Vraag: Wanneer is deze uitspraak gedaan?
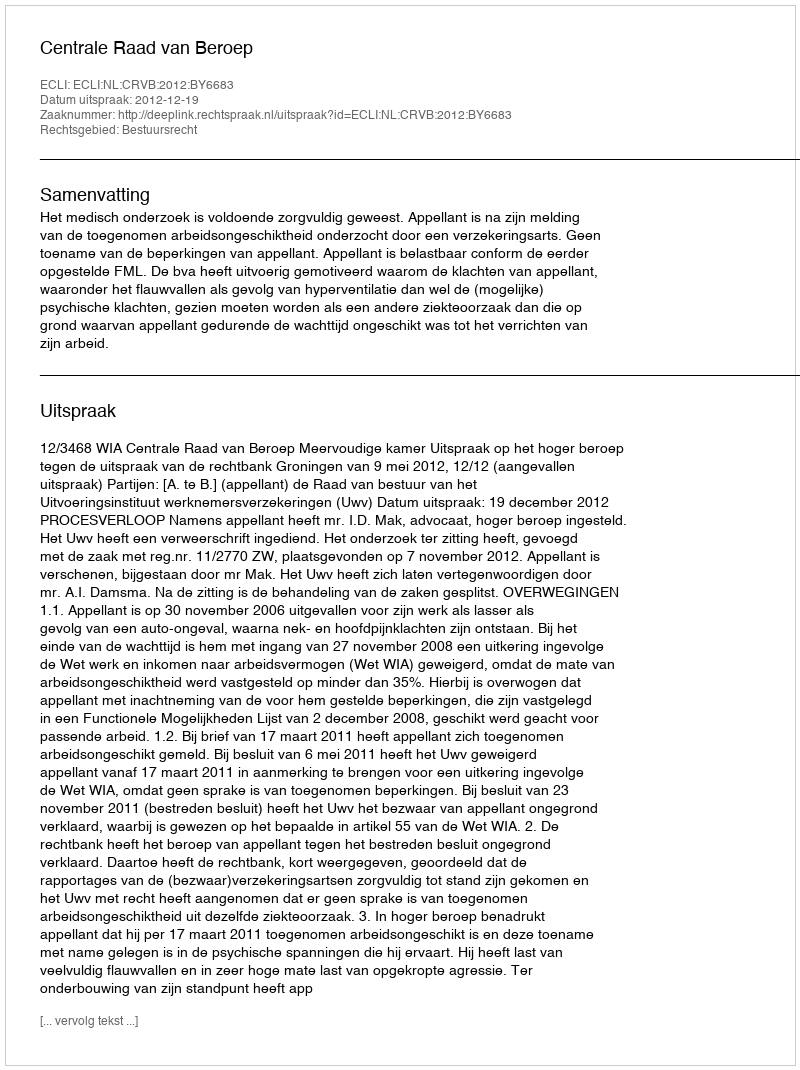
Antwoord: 2012-12-19